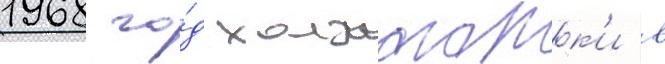
1968 го́д холмогорк'и в